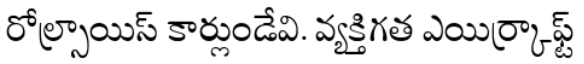
రోల్స్రాయిస్ కార్లుండేవి. వ్యక్తిగత ఎయిర్క్రాఫ్ట్